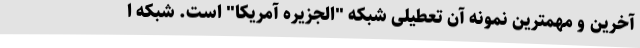
آخرین و مهمترین نمونه آن تعطیلی شبکه "الجزیره آمریکا" است. شبکه ا